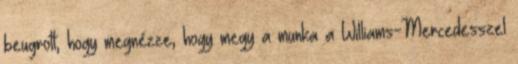
beugrott, hogy megnézze, hogy megy a munka a Williams-Mercedesszel